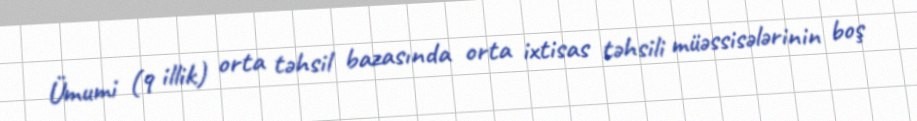
Ümumi (9 illik) orta təhsil bazasında orta ixtisas təhsili müəssisələrinin boş